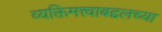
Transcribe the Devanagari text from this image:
व्यक्तिमत्त्वाबद्दलच्या